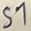
Text: S1